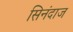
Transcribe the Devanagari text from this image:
सिनंदाज